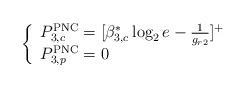
LaTeX: \begin{align*}\left\{\begin{array}{ll}P_{3,c}^{\mathrm{PNC}}=[\beta_{3,c}^*\log_2e-\frac{1}{g_{r2}}]^+\\P_{3,p}^{\mathrm{PNC}}=0\\\end{array}\right.\end{align*}